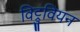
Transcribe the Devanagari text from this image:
विट्रुवियन